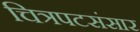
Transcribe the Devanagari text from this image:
चित्रपटसंसार